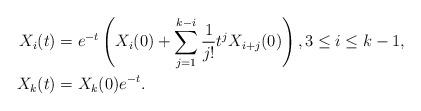
LaTeX: \begin{align*}X_i(t) &= e^{-t}\left(X_i(0) + \sum_{j = 1}^{k-i}\frac{1}{j!}t^jX_{i+j}(0)\right), 3 \le i \le k - 1, \\X_k(t) &= X_k(0) e^{-t}.\end{align*}